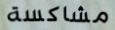
مشاكسة